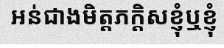
អន់ជាងមិត្តភក្តិសខ្ញុំឬខ្ញុំ